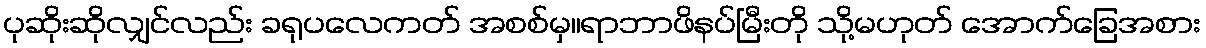
ပုဆိုးဆိုလျှင်လည်း ခရုပလေကတ် အစစ်မှ။ရာဘာဖိနပ်မြီးတို သို့မဟုတ် အောက်ခြေအစား